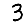
Digit: 3